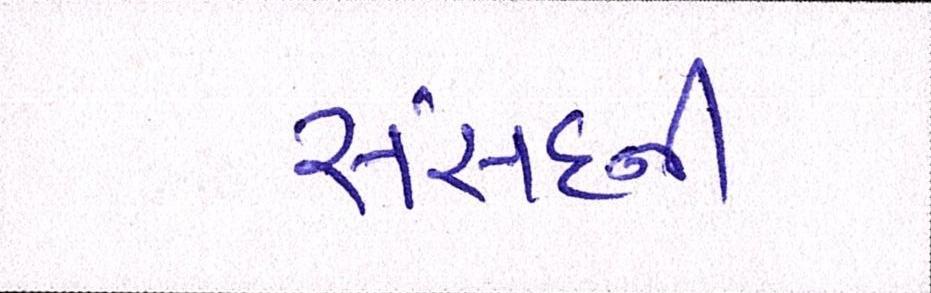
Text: સંસદની